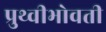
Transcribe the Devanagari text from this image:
प्रुथ्वीभोवती